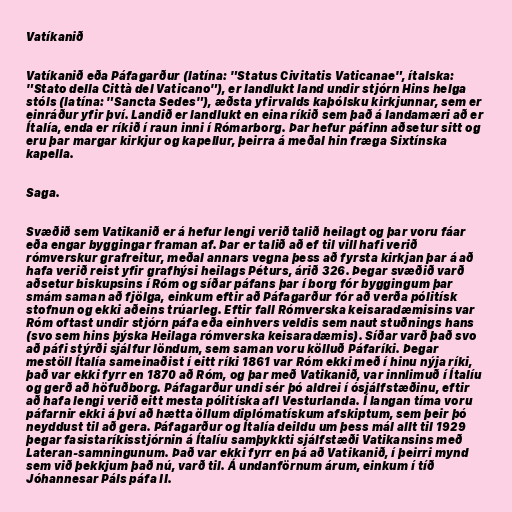
Vatíkanið

Vatíkanið eða Páfagarður (latína: "Status Civitatis Vaticanae", ítalska:
"Stato della Città del Vaticano"), er landlukt land undir stjórn Hins helga
stóls (latína: "Sancta Sedes"), æðsta yfirvalds kaþólsku kirkjunnar, sem er
einráður yfir því. Landið er landlukt en eina ríkið sem það á landamæri að er
Ítalía, enda er ríkið í raun inni í Rómarborg. Þar hefur páfinn aðsetur sitt og
eru þar margar kirkjur og kapellur, þeirra á meðal hin fræga Sixtínska
kapella.

Saga.

Svæðið sem Vatikanið er á hefur lengi verið talið heilagt og þar voru fáar
eða engar byggingar framan af. Þar er talið að ef til vill hafi verið
rómverskur grafreitur, meðal annars vegna þess að fyrsta kirkjan þar á að
hafa verið reist yfir grafhýsi heilags Péturs, árið 326. Þegar svæðið varð
aðsetur biskupsins í Róm og síðar páfans þar í borg fór byggingum þar
smám saman að fjölga, einkum eftir að Páfagarður fór að verða pólitísk
stofnun og ekki aðeins trúarleg. Eftir fall Rómverska keisaradæmisins var
Róm oftast undir stjórn páfa eða einhvers veldis sem naut stuðnings hans
(svo sem hins þýska Heilaga rómverska keisaradæmis). Síðar varð það svo
að páfi stýrði sjálfur löndum, sem saman voru kölluð Páfaríki. Þegar
mestöll Ítalía sameinaðist í eitt ríki 1861 var Róm ekki með í hinu nýja ríki,
það var ekki fyrr en 1870 að Róm, og þar með Vatikanið, var innlimuð í Ítalíu
og gerð að höfuðborg. Páfagarður undi sér þó aldrei í ósjálfstæðinu, eftir
að hafa lengi verið eitt mesta pólitíska afl Vesturlanda. Í langan tíma voru
páfarnir ekki á því að hætta öllum diplómatískum afskiptum, sem þeir þó
neyddust til að gera. Páfagarður og Ítalía deildu um þess mál allt til 1929
þegar fasistaríkisstjórnin á Ítalíu samþykkti sjálfstæði Vatikansins með
Lateran-samningunum. Það var ekki fyrr en þá að Vatikanið, í þeirri mynd
sem við þekkjum það nú, varð til. Á undanförnum árum, einkum í tíð
Jóhannesar Páls páfa II.